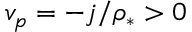
v _ { p } = - j / \rho _ { * } > 0